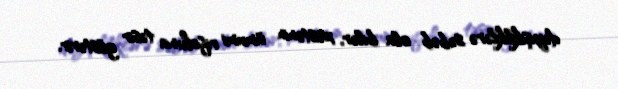
dəyişikliklərə səbəb ola bilər, xəstənin ümumi rifahına təsir göstərir.